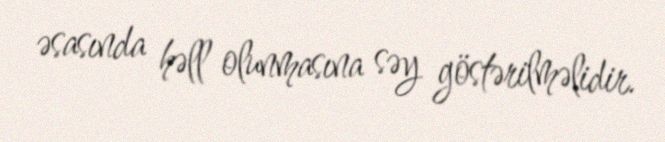
əsasında həll olunmasına səy göstərilməlidir.